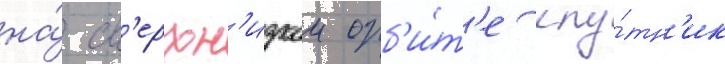
на́ св'ерхн'изкои орб'и́т'е спу́тн'ик